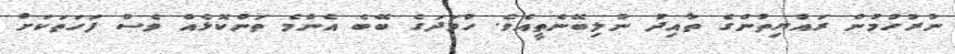
ނުރުހުމުން ރައްޔިތުންގެ ތާއިދު ނުލިބޭނެތީއެވެ. ހުވަދަގެ ބޭބެ އެންމެ ތަންކޮޅެއް ވެސް ފަހަތަކަށް